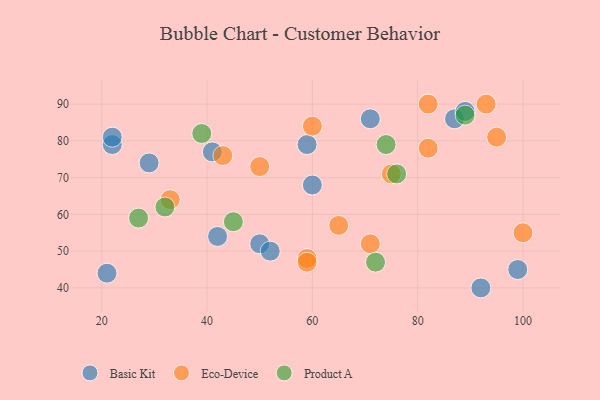
{"axis": {"x": "GDP", "y": "Life Expectancy"}, "legend": ["Basic Kit", "Eco-Device", "Product A"], "data": [{"x": "99", "y": 45, "type": "Basic Kit"}, {"x": "22", "y": 79, "type": "Basic Kit"}, {"x": "87", "y": 86, "type": "Basic Kit"}, {"x": "41", "y": 77, "type": "Basic Kit"}, {"x": "71", "y": 86, "type": "Basic Kit"}, {"x": "50", "y": 52, "type": "Basic Kit"}, {"x": "89", "y": 88, "type": "Basic Kit"}, {"x": "29", "y": 74, "type": "Basic Kit"}, {"x": "52", "y": 50, "type": "Basic Kit"}, {"x": "92", "y": 40, "type": "Basic Kit"}, {"x": "60", "y": 68, "type": "Basic Kit"}, {"x": "59", "y": 79, "type": "Basic Kit"}, {"x": "42", "y": 54, "type": "Basic Kit"}, {"x": "21", "y": 44, "type": "Basic Kit"}, {"x": "22", "y": 81, "type": "Basic Kit"}, {"x": "82", "y": 78, "type": "Eco-Device"}, {"x": "95", "y": 81, "type": "Eco-Device"}, {"x": "33", "y": 64, "type": "Eco-Device"}, {"x": "60", "y": 84, "type": "Eco-Device"}, {"x": "100", "y": 55, "type": "Eco-Device"}, {"x": "59", "y": 48, "type": "Eco-Device"}, {"x": "59", "y": 47, "type": "Eco-Device"}, {"x": "50", "y": 73, "type": "Eco-Device"}, {"x": "75", "y": 71, "type": "Eco-Device"}, {"x": "65", "y": 57, "type": "Eco-Device"}, {"x": "71", "y": 52, "type": "Eco-Device"}, {"x": "43", "y": 76, "type": "Eco-Device"}, {"x": "82", "y": 90, "type": "Eco-Device"}, {"x": "93", "y": 90, "type": "Eco-Device"}, {"x": "72", "y": 47, "type": "Product A"}, {"x": "27", "y": 59, "type": "Product A"}, {"x": "39", "y": 82, "type": "Product A"}, {"x": "89", "y": 87, "type": "Product A"}, {"x": "45", "y": 58, "type": "Product A"}, {"x": "76", "y": 71, "type": "Product A"}, {"x": "32", "y": 62, "type": "Product A"}, {"x": "74", "y": 79, "type": "Product A"}]}